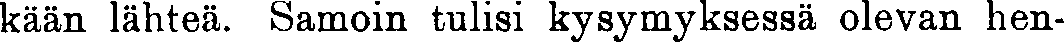
kään lähteä. Samoin tulisi kysymyksessä olevan hen-